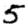
Digit: 5